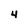
Character: 4